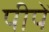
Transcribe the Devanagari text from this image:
पीपें